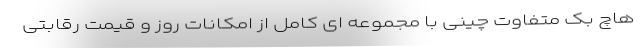
هاچ بک متفاوت چینی با مجموعه ای کامل از امکانات روز و قیمت رقابتی